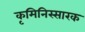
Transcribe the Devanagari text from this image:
कृमिनिस्सारक